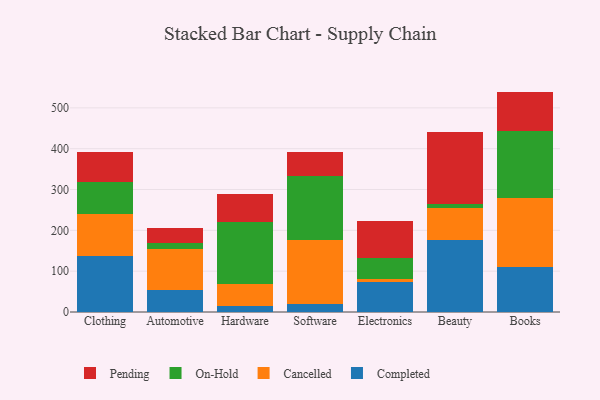
{"axis": {"x": "Category", "y": "Inventory Turnover"}, "legend": ["Cancelled", "Completed", "On-Hold", "Pending"], "data": [{"x": "Clothing", "y": 138.3, "type": "Completed"}, {"x": "Clothing", "y": 102.1, "type": "Cancelled"}, {"x": "Clothing", "y": 78.6, "type": "On-Hold"}, {"x": "Clothing", "y": 73.5, "type": "Pending"}, {"x": "Automotive", "y": 53.6, "type": "Completed"}, {"x": "Automotive", "y": 100.5, "type": "Cancelled"}, {"x": "Automotive", "y": 13.8, "type": "On-Hold"}, {"x": "Automotive", "y": 36.9, "type": "Pending"}, {"x": "Hardware", "y": 15.7, "type": "Completed"}, {"x": "Hardware", "y": 53.6, "type": "Cancelled"}, {"x": "Hardware", "y": 151.3, "type": "On-Hold"}, {"x": "Hardware", "y": 68.8, "type": "Pending"}, {"x": "Software", "y": 20.3, "type": "Completed"}, {"x": "Software", "y": 155.1, "type": "Cancelled"}, {"x": "Software", "y": 157.5, "type": "On-Hold"}, {"x": "Software", "y": 59.3, "type": "Pending"}, {"x": "Electronics", "y": 72.6, "type": "Completed"}, {"x": "Electronics", "y": 7.9, "type": "Cancelled"}, {"x": "Electronics", "y": 51.5, "type": "On-Hold"}, {"x": "Electronics", "y": 90.3, "type": "Pending"}, {"x": "Beauty", "y": 177.3, "type": "Completed"}, {"x": "Beauty", "y": 76.4, "type": "Cancelled"}, {"x": "Beauty", "y": 9.9, "type": "On-Hold"}, {"x": "Beauty", "y": 177.3, "type": "Pending"}, {"x": "Books", "y": 110.1, "type": "Completed"}, {"x": "Books", "y": 168.8, "type": "Cancelled"}, {"x": "Books", "y": 163.3, "type": "On-Hold"}, {"x": "Books", "y": 97.6, "type": "Pending"}]}